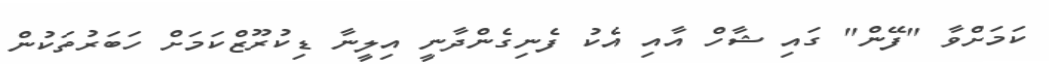
ކަމަށްވާ "ފޭން" ގައި ޝާހް އާއި އެކު ފެނިގެންދާނީ އިލީނާ ޑިކުރޫޒްކަމަށް ހަބަރުތަކުން